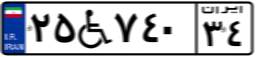
۲۵W۷۴۰۳۴